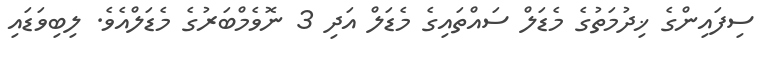
ސިފައިންގެ ޚިދުމަތުގެ މެޑަލް ސައްތައިގެ މެޑަލް އަދި 3 ނޮވެމްބަރުގެ މެޑަލްއެވެ. ލިބިވަޑައި